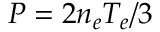
P = 2 n _ { e } T _ { e } / 3